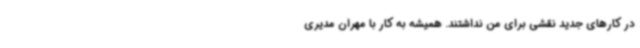
در کارهای جدید نقشی برای من نداشتند. همیشه به کار با مهران مدیری